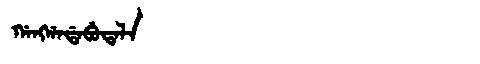
Manchu: ᡤᠠᠩᡤᠠᡩᠠᠪᡠᡨᠠᠯᠠ
Romanization: GANGGADABUTALA